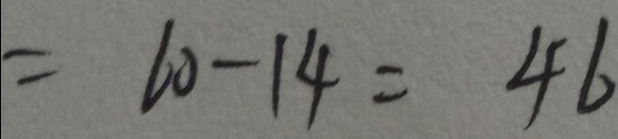
= 6 0 - 1 4 = 4 6